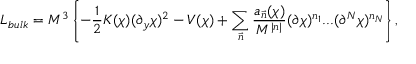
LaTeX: { \cal L } _ { b u l k } = M ^ { 3 } \left\{ - \frac { 1 } { 2 } K ( \chi ) ( \partial _ { y } \chi ) ^ { 2 } - V ( \chi ) + \sum _ { \vec { n } } \frac { a _ { \vec { n } } ( \chi ) } { M ^ { | n | } } ( \partial \chi ) ^ { n _ { 1 } } . . . ( \partial ^ { N } \chi ) ^ { n _ { N } } \right\} ,